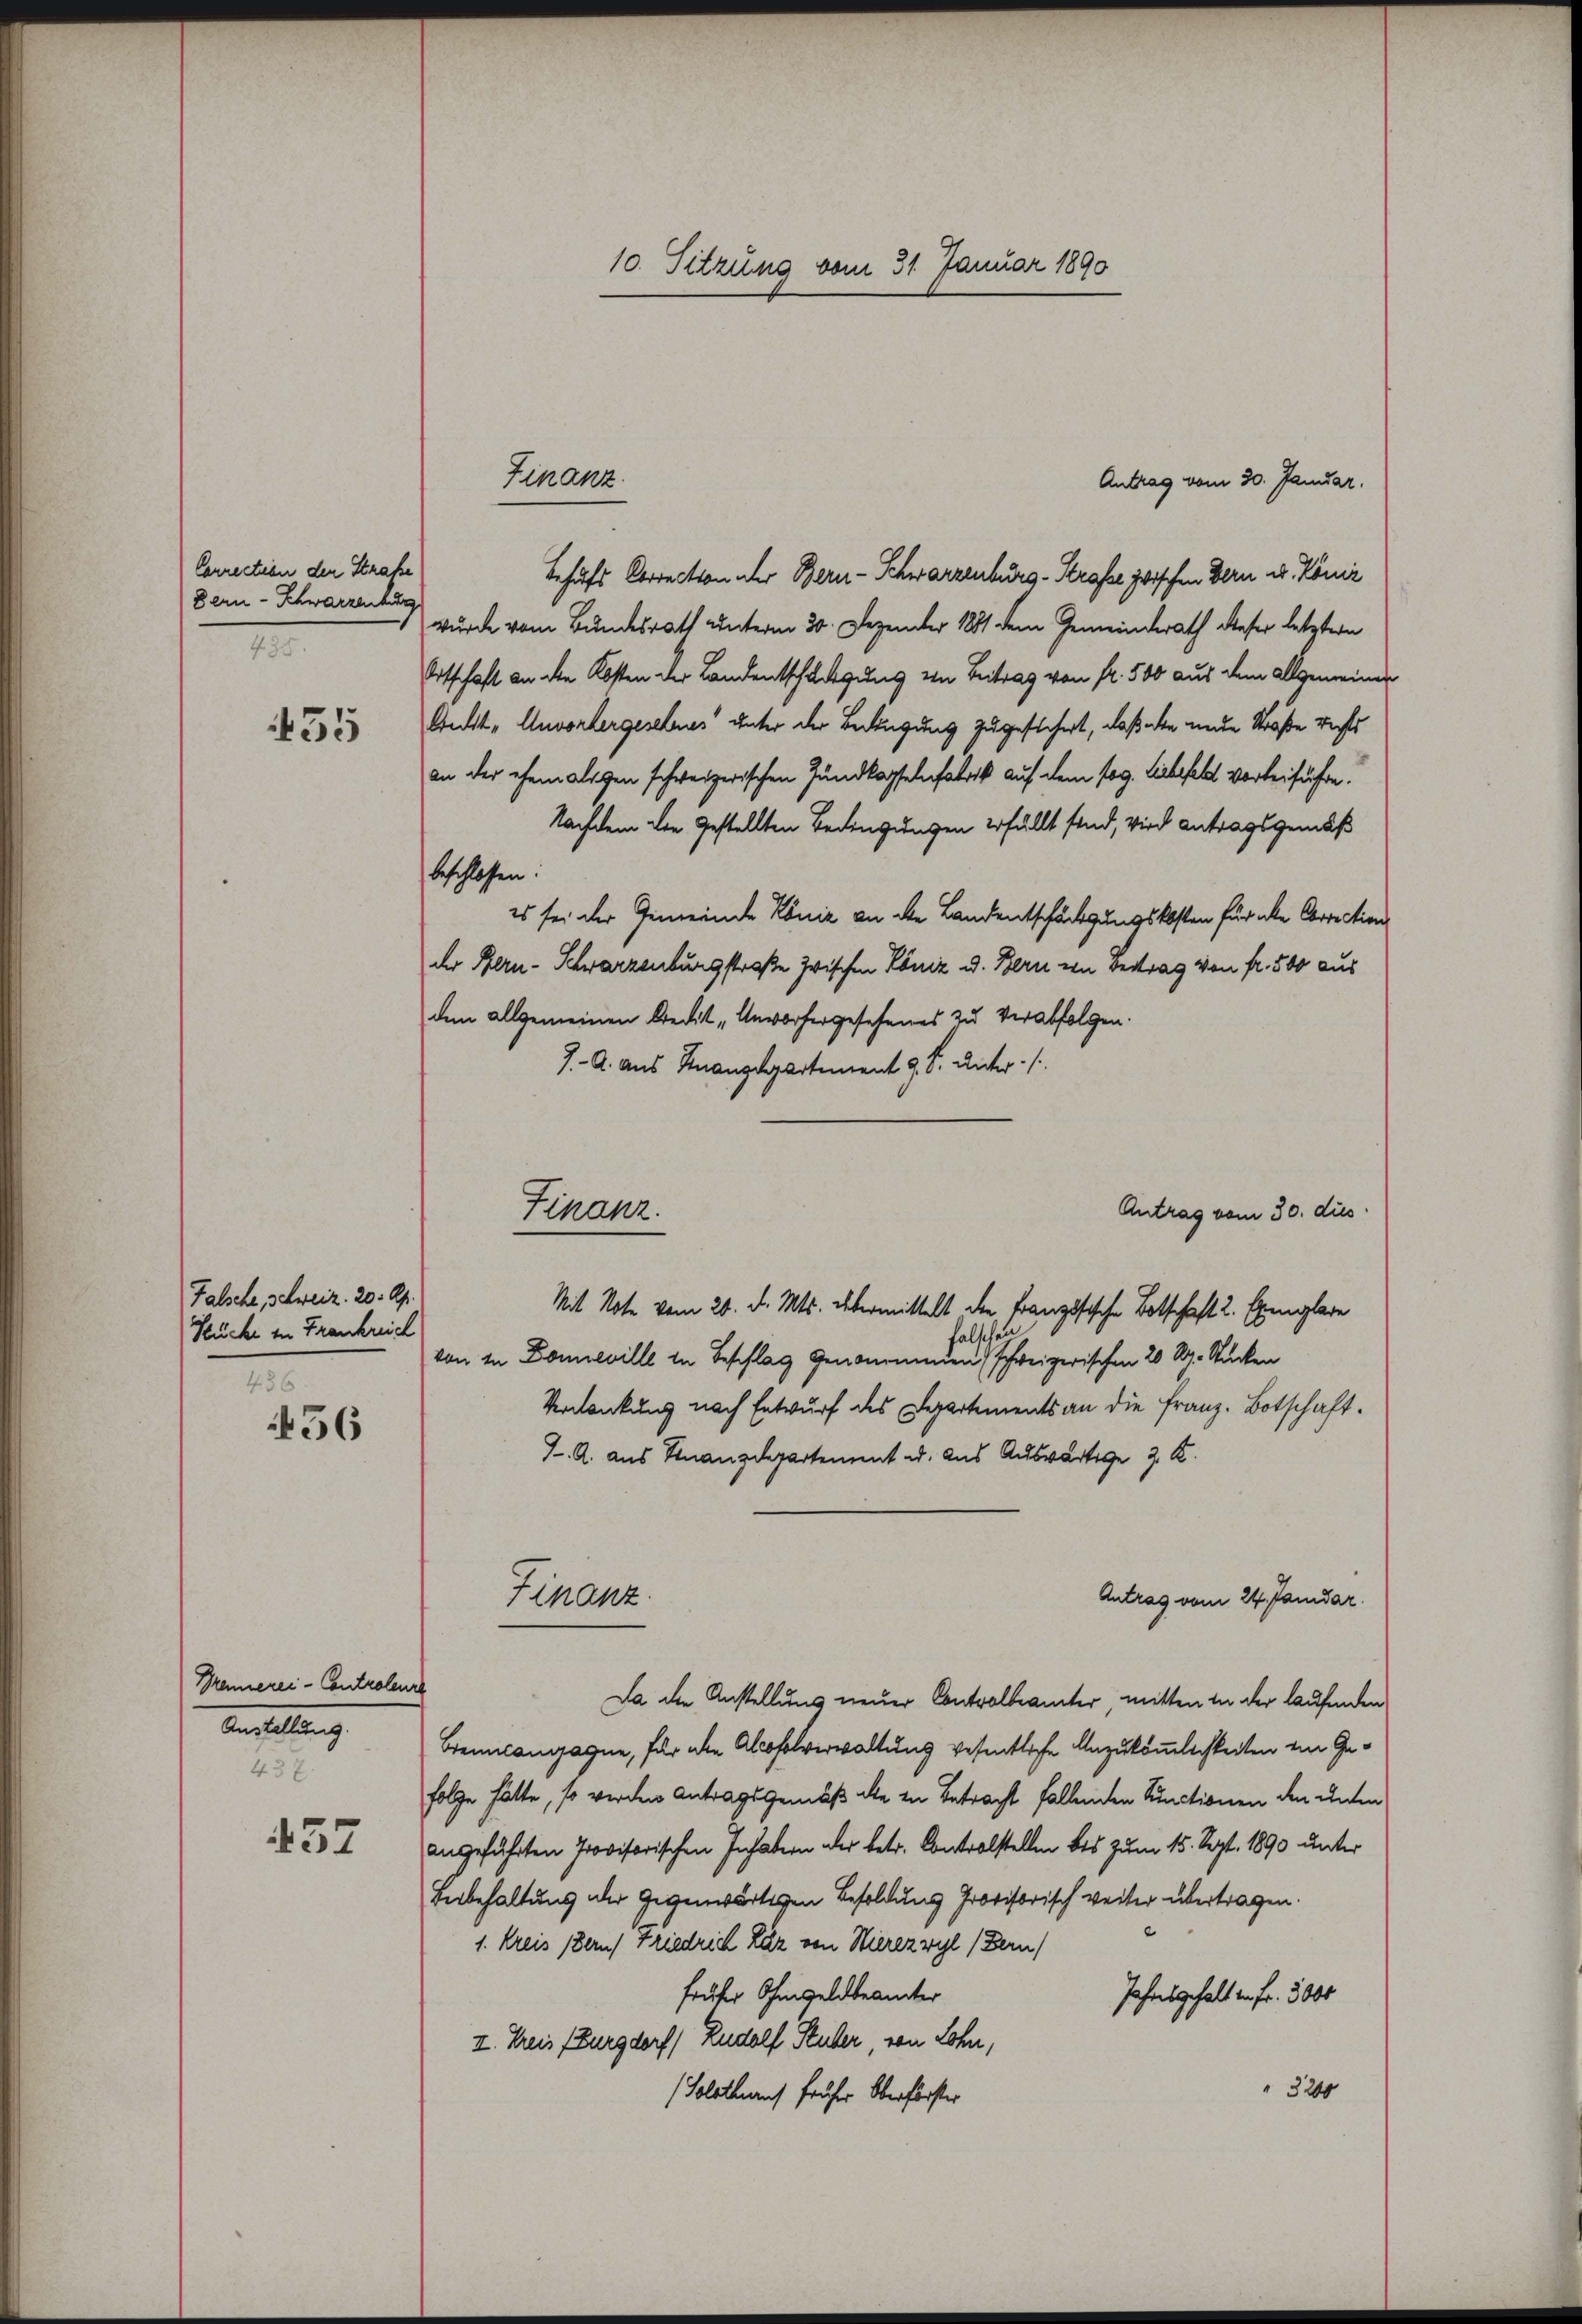
Correction den Straße
Bern - Schwarzenburg
485.

435

Falsche, Schweiz. 20. Ap
Stücke in Frankreich
456

456

Mennerei - Controleure
Anstaltung
437.

457

Antrag vom 30. Januar.
Behufs Correction der Bern-Schwarzenburg-Strafer zwischen Bern u. Köniz
wurde vom Bundesrath unterm 30. Dezember 1881 dem Gemeinderath dieser letztern
Ortschaft an die Kosten der Landentschuldigung von Beitrag von fr. 500 aus dem allgemeinen
Arndt „Unvorhergesehnes unter der Bedingung zugesichert, daß alle neue Straße rechts
an der ehemaligen schweizerischen Zundkapselnfabrik auf dem sog. Liebefelt vorbeiführen.
Nachdem die Gestellten Bedingungen erfällt sind, wird Antragsgemäß
beschlossen.
es sei der Gemeinde Köniz an die Landentschädigungskosten für aber Correction
der Bern-Schwarzenburgstraße zwischen Köniz u. Bern von Betrag von fr. 500 aus
dem allgemeinen Credit „Unvorhergesehenes zu verabfolgen.
J. A. aus Finanzdepartement 9. S. unter
Mit Note vom 26. d. Mts. übermittelt die Französische Botschaft 2. Exemplare
halschen
von in Donneville in Beschlag genommenen schweizerischen 20 R. Stücken
Verdankung nach Entwurf des Departements an die Franz- Botschaft.
I. A. aus Finanzdepartement u. aus Auswärtige 3. K.
Finanz
Antrag vom 24. Janidar.
Da die Anstellung neuer Contralbeamter, mitten in der laufenden
Brennlangegne, für die Absolverwaltung wesentliche Anzukömmlichkeiten im Gefolge hätte, so werden Antragsgemäß die in Betracht fallenden Sunctionen den unten
angeführten Provisorischen Inhabern der betr. Contralstellen bis zum 15. Sept. 1890 unter
Beibehaltung der Gegenwärtigen Besoldung Provisorisch weiter übertragen.
1. Kreis (Bern) Friedrich Kär von Wierezwyl (Bern)
früher Ohmgeldbeamter
Jahres gehalt in Fr. 5000
II. Kreis (Burgdorf) Rudolf Stuber, von Lohn,
3200
(Soloth auch früher Oberförster

10. Sitzung vom 31. Januar 1890

Finanz.

Finanz.

Antrag vom 30. dies